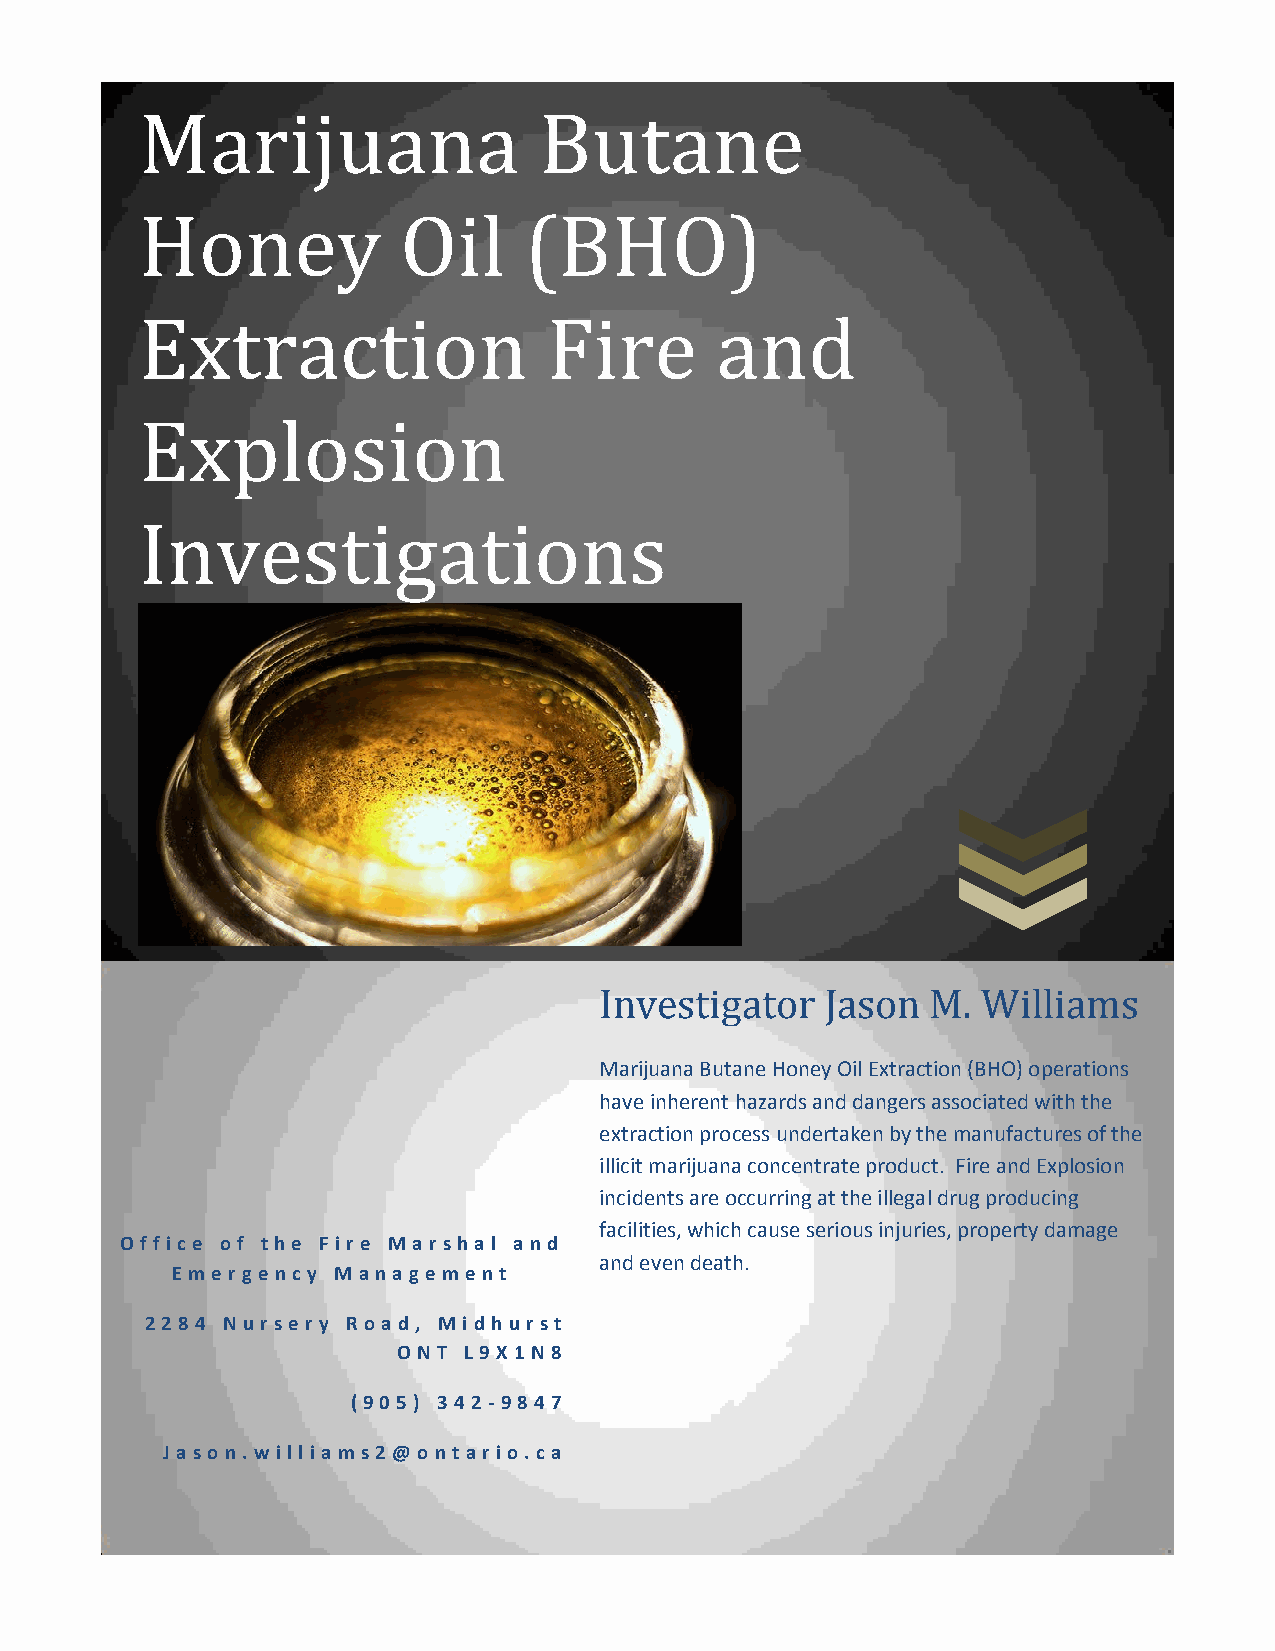
Marijuana                  Butane
 H   oney         Oil      (BHO)
 E   xtraction              Fire       and
 Explosion
 Investigations
 Investigator   Jason  M. Williams
 (Photo Symic/Flickr)
 Marijuana Butane Honey Oil Extraction (BHO) operations
 have inherent hazards and dangers associated with the
 extraction process undertaken by the manufactures of the
 illicit marijuana concentrate product. Fire and Explosion
 incidents are occurring at the illegal drug producing
 facilities, which cause serious injuries, property damage
 Off ic e o f t h e Fir e M ar sh al an d
 and even death.
 Em e r ge n c y M an ag e m e n t
 2284 N u r se r y R o ad , M id h u r st
 ON T L9X 1N 8
 (905) 342 -984 7
 Jaso n .w i ll iam s2@ o n t ar io .c a